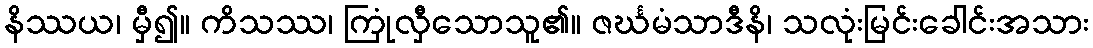
နိဿယ၊ မှီ၍။ ကိသဿ၊ ကြုံလှီသောသူ၏။ ဇင်္ဃမံသာဒီနိ၊ သလုံးမြင်းခေါင်းအသား